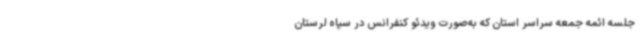
جلسه ائمه جمعه سراسر استان که به‌صورت ویدئو کنفرانس در سپاه لرستان